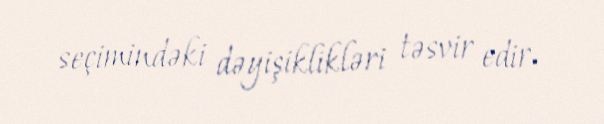
seçimindəki dəyişiklikləri təsvir edir.